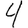
Digit: 4